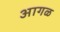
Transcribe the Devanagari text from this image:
अागळ